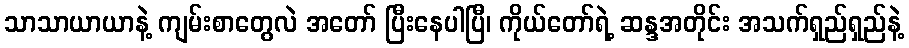
သာသာယာယာနဲ့ ကျမ်းစာတွေလဲ အတော် ပြီးနေပါပြီ၊ ကိုယ်တော်ရဲ့ ဆန္ဒအတိုင်း အသက်ရှည်ရှည်နဲ့